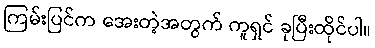
ကြမ်းပြင်က အေးတဲ့အတွက် ကူရှင် ခုပြီးထိုင်ပါ။